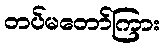
တပ်မတော်ကြား